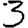
Digit: 3